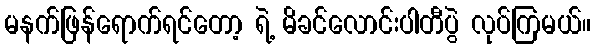
မနက်ဖြန်ရောက်ရင်တော့ ရဲ့ မိခင်လောင်းပါတီပွဲ လုပ်ကြမယ်။